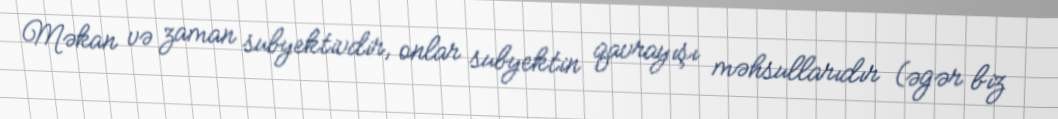
Məkan və zaman subyektivdir, onlar subyektin qavrayışı məhsullarıdır (əgər biz